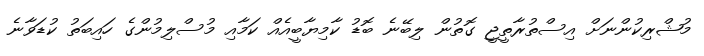
މުޝްރިކުންނަށް އިސްތުރާތީޖީ ގޮތުން ލިބޭނެ ބޮޑު ކާމިޔާބީއެއް ކަމާއި މުސްލިމުންގެ ހައިބަތު ކުޑަވާނެ